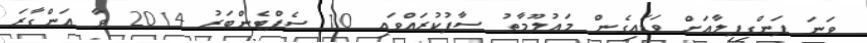
ވަނަ ފަންގިފިލާއަށް ވަޑައިގެން މަޢުލޫމާތު ސާފުކުރައްވައި 10 ސެޕްޓެންބަރު 2014 ވާ އަންގާރަ